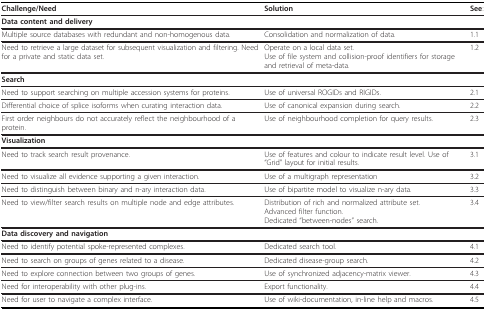
| Challenge/Need | Solution | See: |
 | --- | --- | --- |
 | Data content and delivery |  |  |
 | Multiple source databases with redundant and non-homogenous data. | Consolidation and normalization of data. | 1.1 |
 | Need to retrieve a large dataset for subsequent visualization and filtering. Need for a private and static data set. | Operate on a local data set.Use of file system and collision-proof identifiers for storage and retrieval of meta-data. | 1.2 |
 | Search |  |  |
 | Need to support searching on multiple accession systems for proteins. | Use of universal ROGIDs and RIGIDs. | 2.1 |
 | Differential choice of splice isoforms when curating interaction data. | Use of canonical expansion during search. | 2.2 |
 | First order neighbours do not accurately reflect the neighbourhood of a protein. | Use of neighbourhood completion for query results. | 2.3 |
 | Visualization |  |  |
 | Need to track search result provenance. | Use of features and colour to indicate result level. Use of "Grid" layout for initial results. | 3.1 |
 | Need to visualize all evidence supporting a given interaction. | Use of a multigraph representation | 3.2 |
 | Need to distinguish between binary and n-ary interaction data. | Use of bipartite model to visualize n-ary data. | 3.3 |
 | Need to view/filter search results on multiple node and edge attributes. | Distribution of rich and normalized attribute set.Advanced filter function.Dedicated "between-nodes" search. | 3.4 |
 | Data discovery and navigation |  |  |
 | Need to identify potential spoke-represented complexes. | Dedicated search tool. | 4.1 |
 | Need to search on groups of genes related to a disease. | Dedicated disease-group search. | 4.2 |
 | Need to explore connection between two groups of genes. | Use of synchronized adjacency-matrix viewer. | 4.3 |
 | Need for interoperability with other plug-ins. | Export functionality. | 4.4 |
 | Need for user to navigate a complex interface. | Use of wiki-documentation, in-line help and macros. | 4.5 |